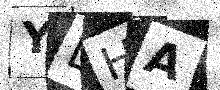
Text: YDHA